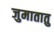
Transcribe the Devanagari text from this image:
जुमातातु